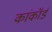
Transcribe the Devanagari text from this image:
कांकॉर्ड